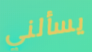
يسألني